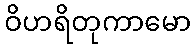
ဝိဟရိတုကာမော